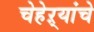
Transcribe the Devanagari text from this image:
चेहेऱ्यांचे